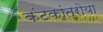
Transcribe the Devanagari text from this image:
कंटकांतरोया